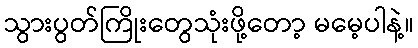
သွားပွတ်ကြိုးတွေသုံးဖို့တော့ မမေ့ပါနဲ့။